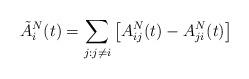
LaTeX: \begin{align*}\tilde{A}_{i}^{N}(t)=\sum_{j:j\neq i}\left[A_{ij}^{N}(t)-A_{ji}^{N}(t)\right]\end{align*}